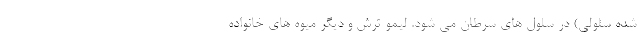
شده سلولی) در سلول های سرطان می شود. لیمو ترش و دیگر میوه های خانواده